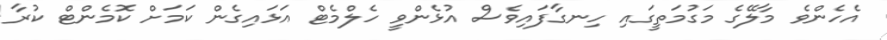
އެހެންވެ މާލޭގެ މަގުމަތީގައި ހިނގާފައިވެސް އުޅެންވީ ހެލްމެޓް އަޅައިގެން ކަމަށް ކޮމެންޓް ކުރާ